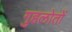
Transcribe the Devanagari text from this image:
गुहलोतों